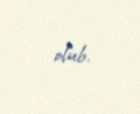
olub.